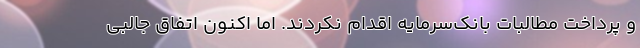
و‌ پرداخت مطالبات بانک‌سرمایه اقدام نکردند. اما اکنون اتفاق جالبی